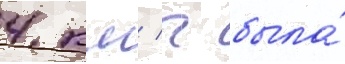
4 км/ ч была́